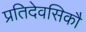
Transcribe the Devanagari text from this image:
प्रतिदेवसिकौ